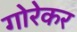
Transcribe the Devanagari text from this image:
गोरेकर